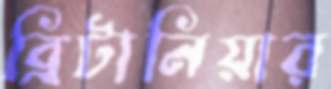
ব্রিটানিয়ার